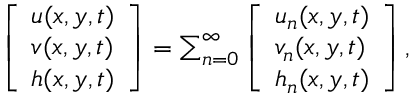
\begin{array} { r } { \left[ \begin{array} { l } { u ( x , y , t ) } \\ { v ( x , y , t ) } \\ { h ( x , y , t ) } \end{array} \right] = \sum _ { n = 0 } ^ { \infty } \left[ \begin{array} { l } { u _ { n } ( x , y , t ) } \\ { v _ { n } ( x , y , t ) } \\ { h _ { n } ( x , y , t ) } \end{array} \right] , } \end{array}